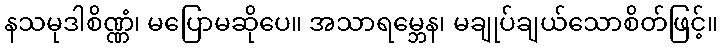
နသမုဒါစိဏ္ဏံ၊ မပြောမဆိုပေ။ အသာရမ္ဘေန၊ မချုပ်ချယ်သောစိတ်ဖြင့်။